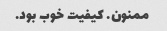
ممنون. کیفیت خوب بود.